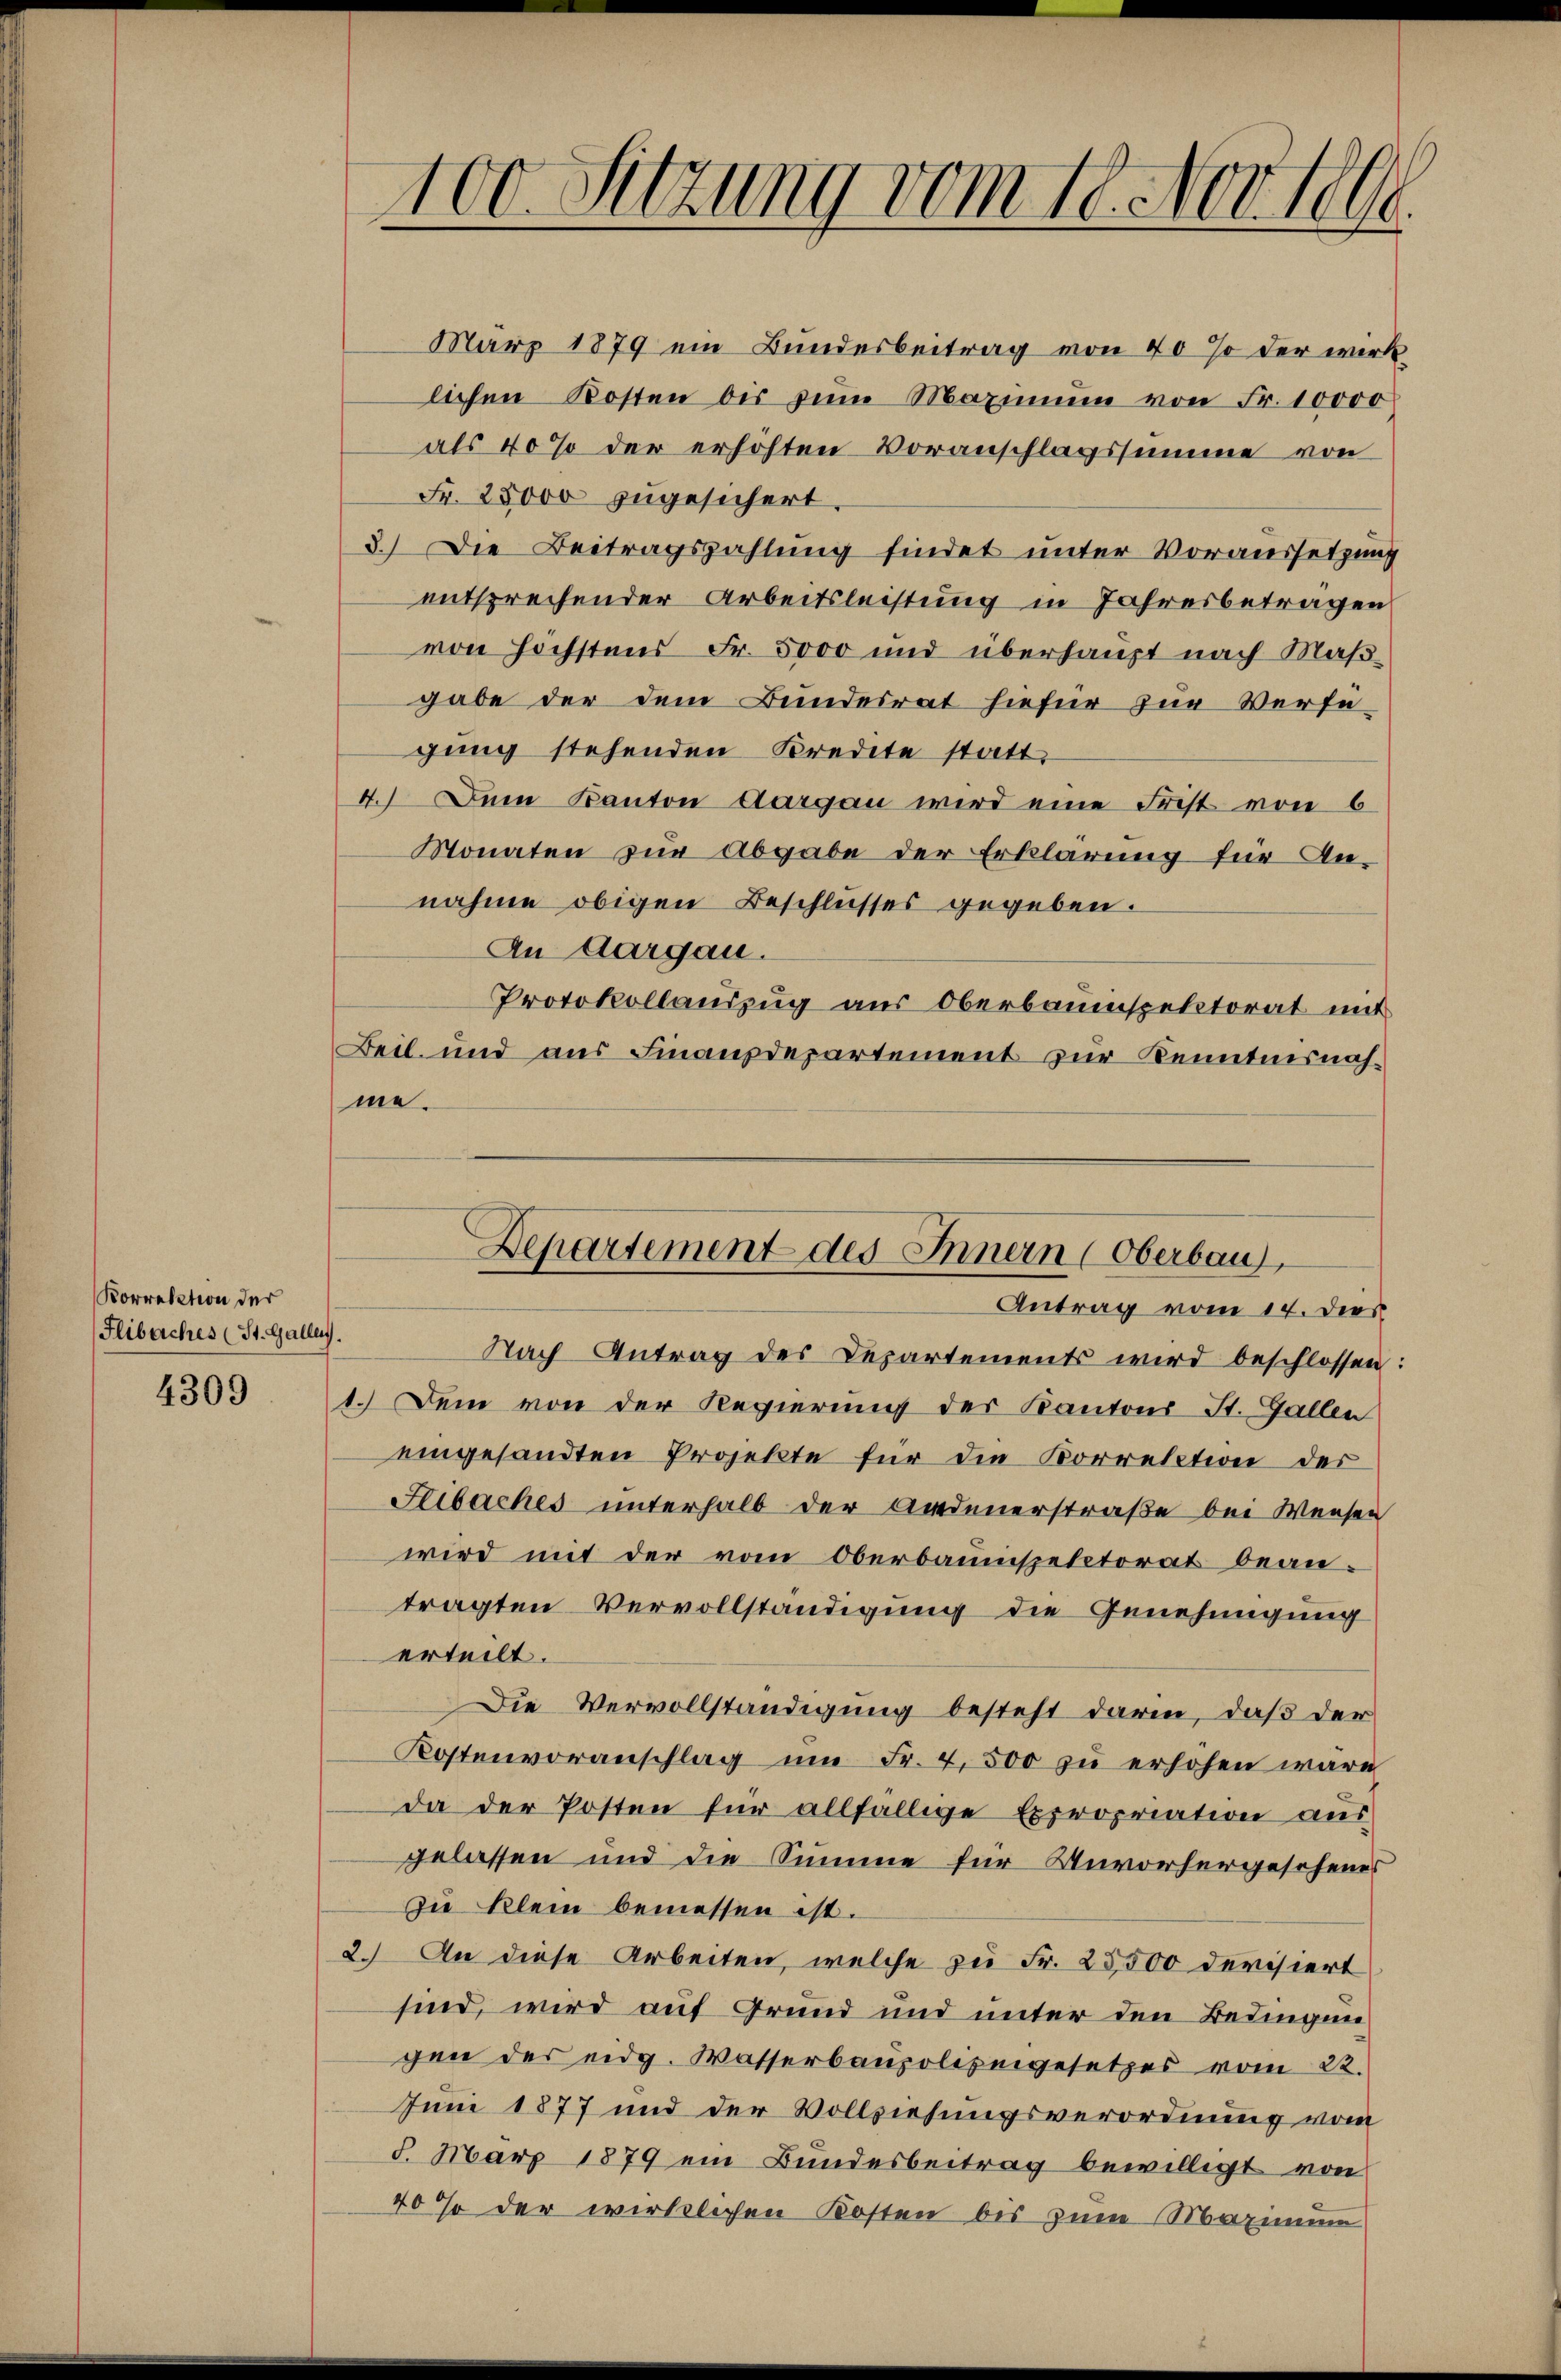
Korrektion der
Flibaches (St. Galle.

4309

100. Sitzung vom 18. Nov. 1804.
.

März 1879 ein Bundesbeitrag von 40% der wirk
lichen Kosten bis zum Maximum von Fr. 10000
als 40% der erhöhten Voranschlagssumme von
Fr. 28000 zugesichert.
3.) Die Beitragszahlung findet unter Voraussetzung
entsprechender Arbeitsleistung in Jahresbetragen
von höchstens Fr. 5000 und überhaupt nach Maßgabe der dem Bundesrat hiefür zur Verfü-
gung stehenden Kredite statt.
4. Dem Kanton Aargau wird eine Frist von 6
Monaten zur Abgabe der Erklärung für An-
nahme obigen Beschlusses gegeben.
An Aargau.
Protokollauszug aus Oberbauinspektorat mit
Beil und aus Finanzdepartement zur Kenntnisnahme.

Departement des Innern (Oberbau
Antrag vom 14. dies

Nach Antrag des Departements wird beschlossen:
1. Dem von der Regierung des Kantons St. Gallen
eingesandten Projekte für die Korrelation der
Hibaches unterhalb der Andenerstraße bei Weisen
wird mit der vom Oberbauinspectorat beantragten Vervollständigung die Genehmigung
erteilt.
Die Vervollständigung besteht darin, daß der
Kostenvoranschlag ŭm Fr. 4500 zŭ erhöhen wäre
da der Posten für allfällige Expropriation aus
gelassen und die Summe für Unvorhergeschenes
zu klein bemessen ist.
2. An diese Arbeiten, welche zu Fr. 25500 derisiert
sind, wird auf Grund und unter den Bedingungen des eidg. Wasserbaupolizeigesetzes vom 22.
Juni 1877 und der Vollziehungsverordnung vom
8. März 1879 ein Bundesbeitrag bewilligt von
40 % der wirklichen Kosten bis zum Maximum